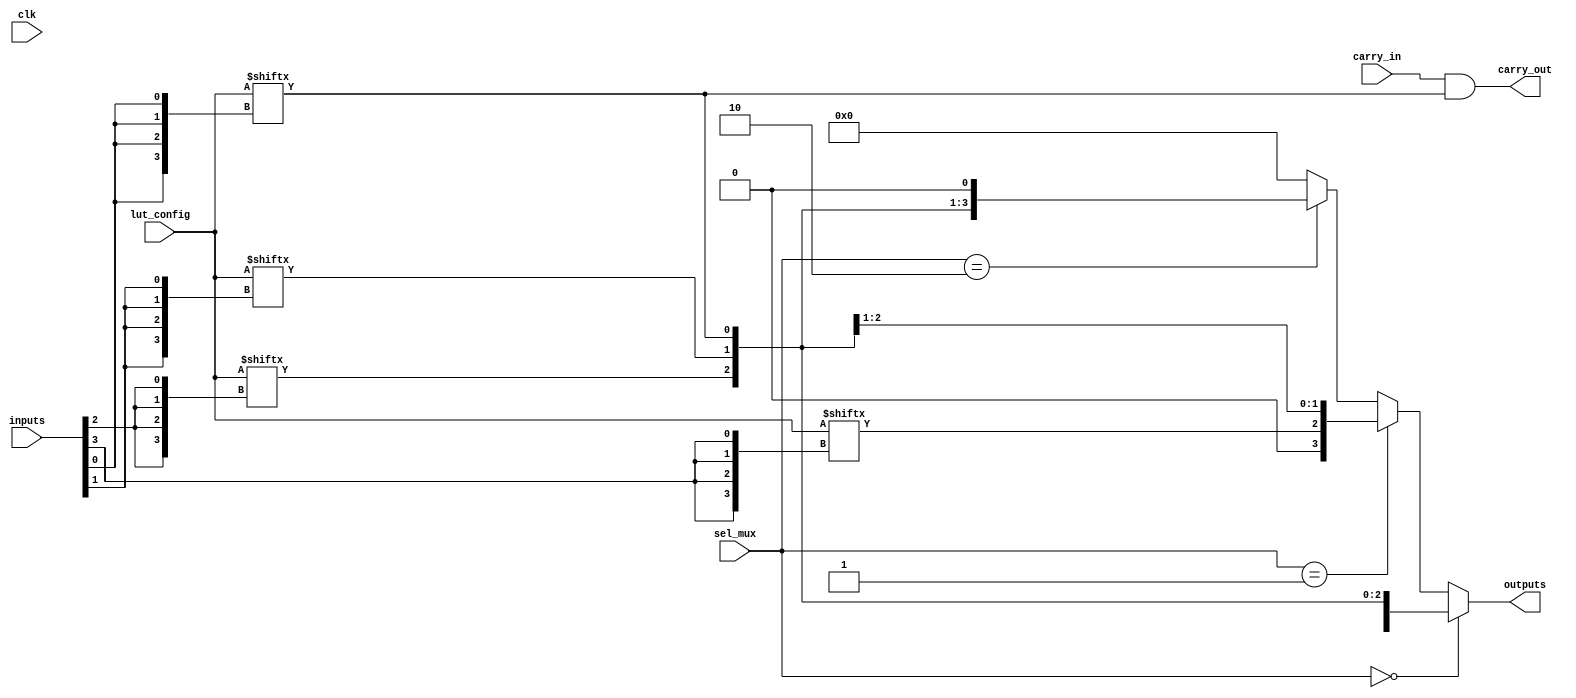
module CLB (
    input wire [3:0] inputs,         // 4 input signals
    input wire [1:0] sel_mux,        // MUX select signals
    input wire carry_in,              // Carry input for arithmetic operations
    input wire clk,                   // Clock signal for flip-flops (if used)
    input wire [15:0] lut_config,     // Configuration for LUTs (16 possible functions)
    output wire [3:0] outputs,        // 4 output signals
    output wire carry_out             // Carry output for arithmetic operations
);

// Internal wires for LUT outputs
wire [3:0] lut_out;

// LUT implementation (4 LUTs for 4 outputs)
genvar i;
generate
    for (i = 0; i < 4; i = i + 1) begin : lut_block
        assign lut_out[i] = lut_config[{inputs[i], inputs[i], inputs[i], inputs[i]}]; // Simple LUT mapping
    end
endgenerate

// Multiplexer implementation
wire [3:0] mux_out;
assign mux_out = (sel_mux == 2'b00) ? lut_out :
                 (sel_mux == 2'b01) ? {1'b0, lut_out[3:1]} : // Example of routing
                 (sel_mux == 2'b10) ? {lut_out[2:0], 1'b0} : // Example of routing
                 4'b0000; // Default case

// Carry Logic (simple example, can be expanded)
assign carry_out = carry_in & lut_out[0]; // Simple carry logic example

// Output assignment
assign outputs = mux_out;

endmodule